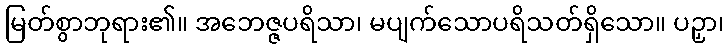
မြတ်စွာဘုရား၏။ အဘေဇ္ဇပရိသာ၊ မပျက်သောပရိသတ်ရှိသော။ ပဉှာ၊